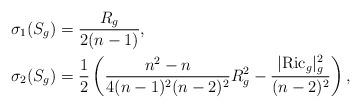
LaTeX: \begin{align*}\sigma_1(S_g)&=\frac{R_g}{2(n-1)},\\\sigma_2(S_g)&=\frac{1}{2}\left( \frac{n^2-n}{4(n-1)^2(n-2)^2}R^2_g - \frac{|\mathrm{Ric}_g|^2_{g}}{(n-2)^2} \right),\end{align*}